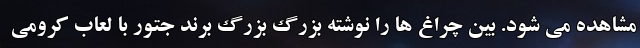
مشاهده می شود. بین چراغ ها را نوشته بزرگ بزرگ برند جتور با لعاب کرومی